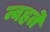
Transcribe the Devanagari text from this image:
न्वहते